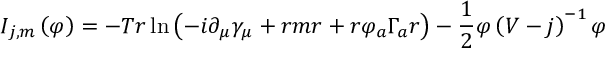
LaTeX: I _ { j , m } \left( \varphi \right) = - T r \ln \left( - i \partial _ { \mu } \gamma _ { \mu } + r m r + r \varphi _ { a } \Gamma _ { a } r \right) - \frac 1 2 \varphi \left( V - j \right) ^ { - 1 } \varphi